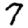
Digit: 7